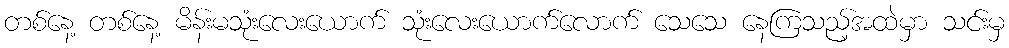
တစ်နေ့ တစ်နေ့ မိန်းမသုံးလေးယောက် သုံးလေးယောက်လောက် သေသေ နေကြသည့်အထဲမှာ သင်းမှ